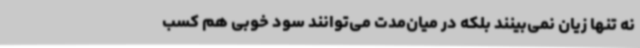
نه تنها زیان نمی‌بینند بلکه در میان‌مدت می‌توانند سود خوبی هم کسب